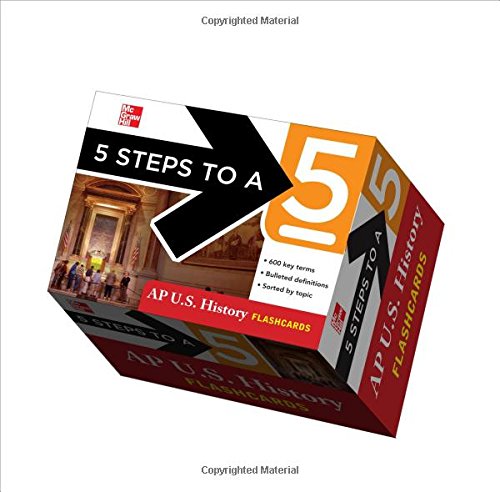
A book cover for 5 Steps to a 5 AP U.S. History Flashcards (5 Steps to a 5 on the Advanced Placement Examinations Series); Stephen Armstrong; Education & Teaching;